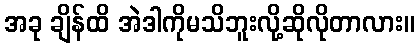
အခု ချိန်ထိ အဲဒါကိုမသိဘူးလို့ဆိုလိုတာလား။